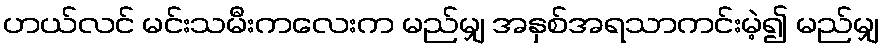
ဟယ်လင် မင်းသမီးကလေးက မည်မျှ အနှစ်အရသာကင်းမဲ့၍ မည်မျှ